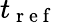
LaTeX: t_{\mathrm{~r~e~f~}}